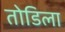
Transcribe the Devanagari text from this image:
तोडिला